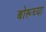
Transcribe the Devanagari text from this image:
बोरूच्या